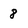
Character: 8